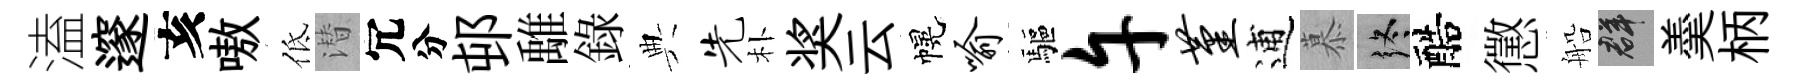
溘邃亥嗷低潜冗分邨𩀌錄典先朴奖云幌喻驅午堇逋慕终醅懲船群羮柄